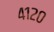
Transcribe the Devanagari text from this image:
४१२०